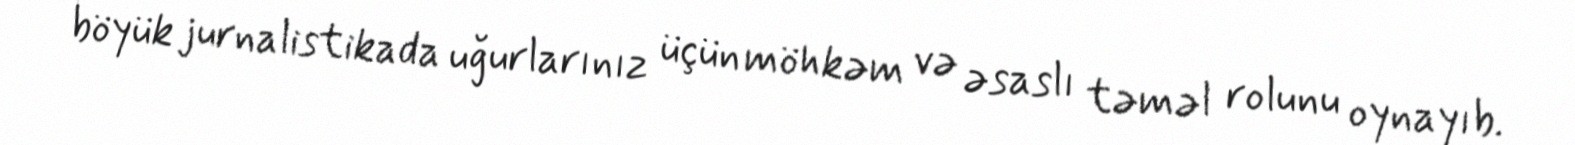
böyük jurnalistikada uğurlarınız üçün möhkəm və əsaslı təməl rolunu oynayıb.